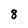
Character: 8